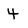
Character: 4